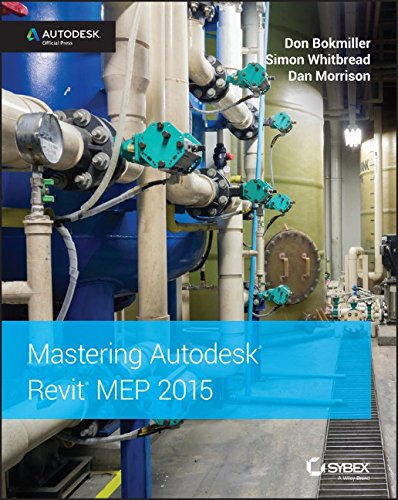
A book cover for Mastering Autodesk Revit MEP 2015: Autodesk Official Press; Don Bokmiller; Computers & Technology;